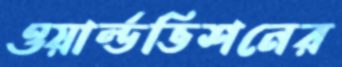
ওয়ার্ল্ডভিশনের